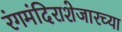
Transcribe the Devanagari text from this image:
रंगमंदिराशेजारच्या